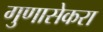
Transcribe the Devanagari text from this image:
गुणासेकरा